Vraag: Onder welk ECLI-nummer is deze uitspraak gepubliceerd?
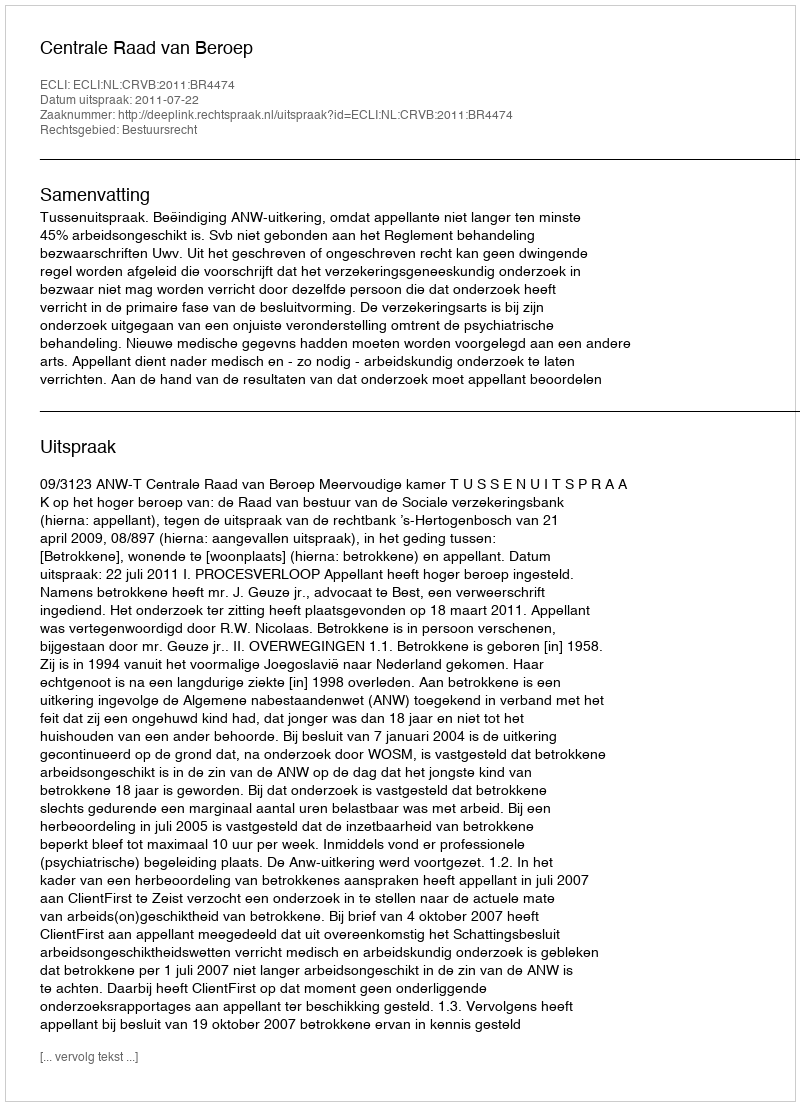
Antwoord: ECLI:NL:CRVB:2011:BR4474